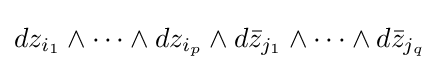
dz_{i_{1}}\wedge \cdots \wedge dz_{i_{p}}\wedge d{\bar {z}}_{j_{1}}\wedge \cdots \wedge d{\bar {z}}_{j_{q}}